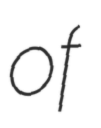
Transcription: of